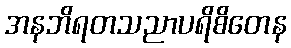
အနဘိရတသညာပရိစိတေန